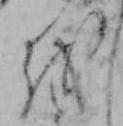
を